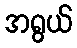
အရွယ်